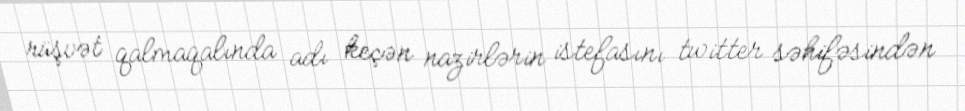
rüşvət qalmaqalında adı keçən nazirlərin istefasını twitter səhifəsindən